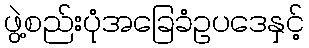
ဖွဲ့စည်းပုံအခြေခံဥပဒေနှင့်